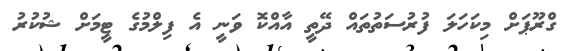
ގްރޫޕަށް މިކަހަލަ ފުރުސަތުތައް ދޭތީ އާއްކޮ ވަނީ އެ ފިލްމުގެ ޓީމަށް ޝުކުރު